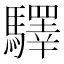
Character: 驛